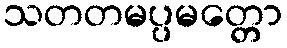
သတတမပ္ပမတ္တော